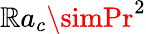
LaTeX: \mathbb{R}a_{c}\simPr^{2}